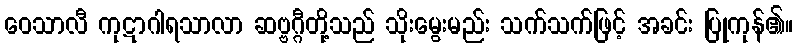
ဝေသာလီ ကုဋာဂါရသာလာ ဆဗ္ဗဂ္ဂီတို့သည် သိုးမွေးမည်း သက်သက်ဖြင့် အခင်း ပြုကုန်၏။